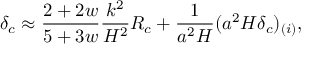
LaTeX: \delta _ { c } \approx { \frac { 2 + 2 w } { 5 + 3 w } } { \frac { k ^ { 2 } } { { \cal H } ^ { 2 } } } { \cal R } _ { c } + { \frac { 1 } { a ^ { 2 } { \cal H } } } ( a ^ { 2 } { \cal H } \delta _ { c } ) _ { ( i ) } ,